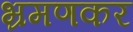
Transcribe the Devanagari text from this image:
भ्रमणकर